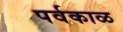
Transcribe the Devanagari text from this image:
पर्वकाळ